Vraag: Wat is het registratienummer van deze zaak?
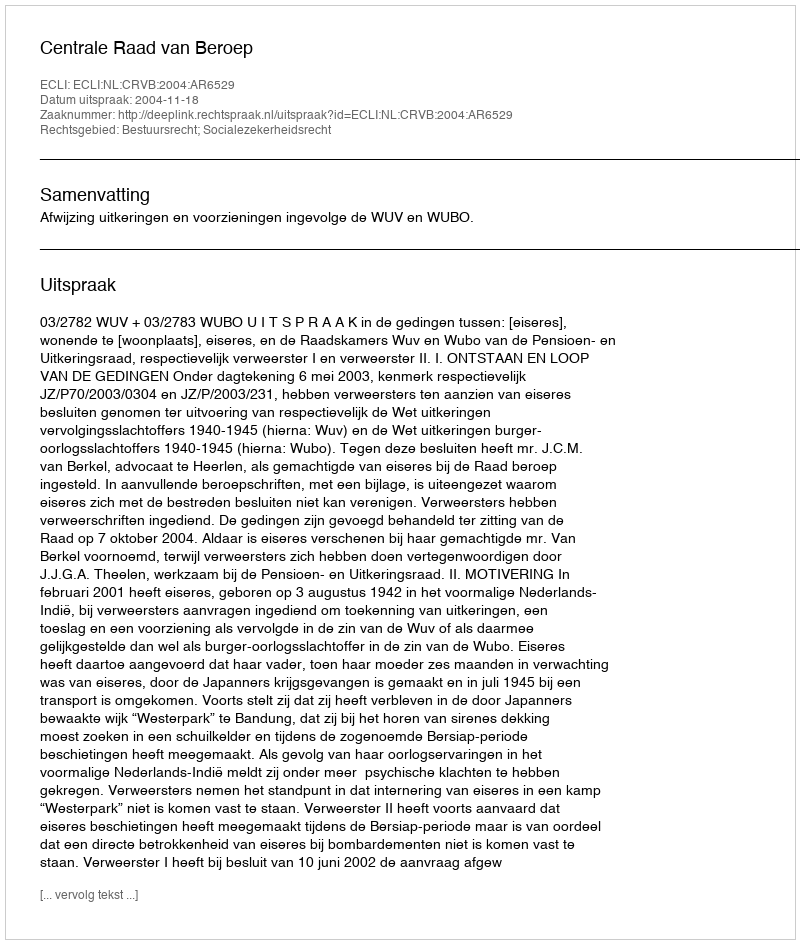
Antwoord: http://deeplink.rechtspraak.nl/uitspraak?id=ECLI:NL:CRVB:2004:AR6529